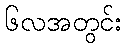
၆လအတွင်း